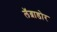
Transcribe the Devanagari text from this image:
लॅब्राडोर